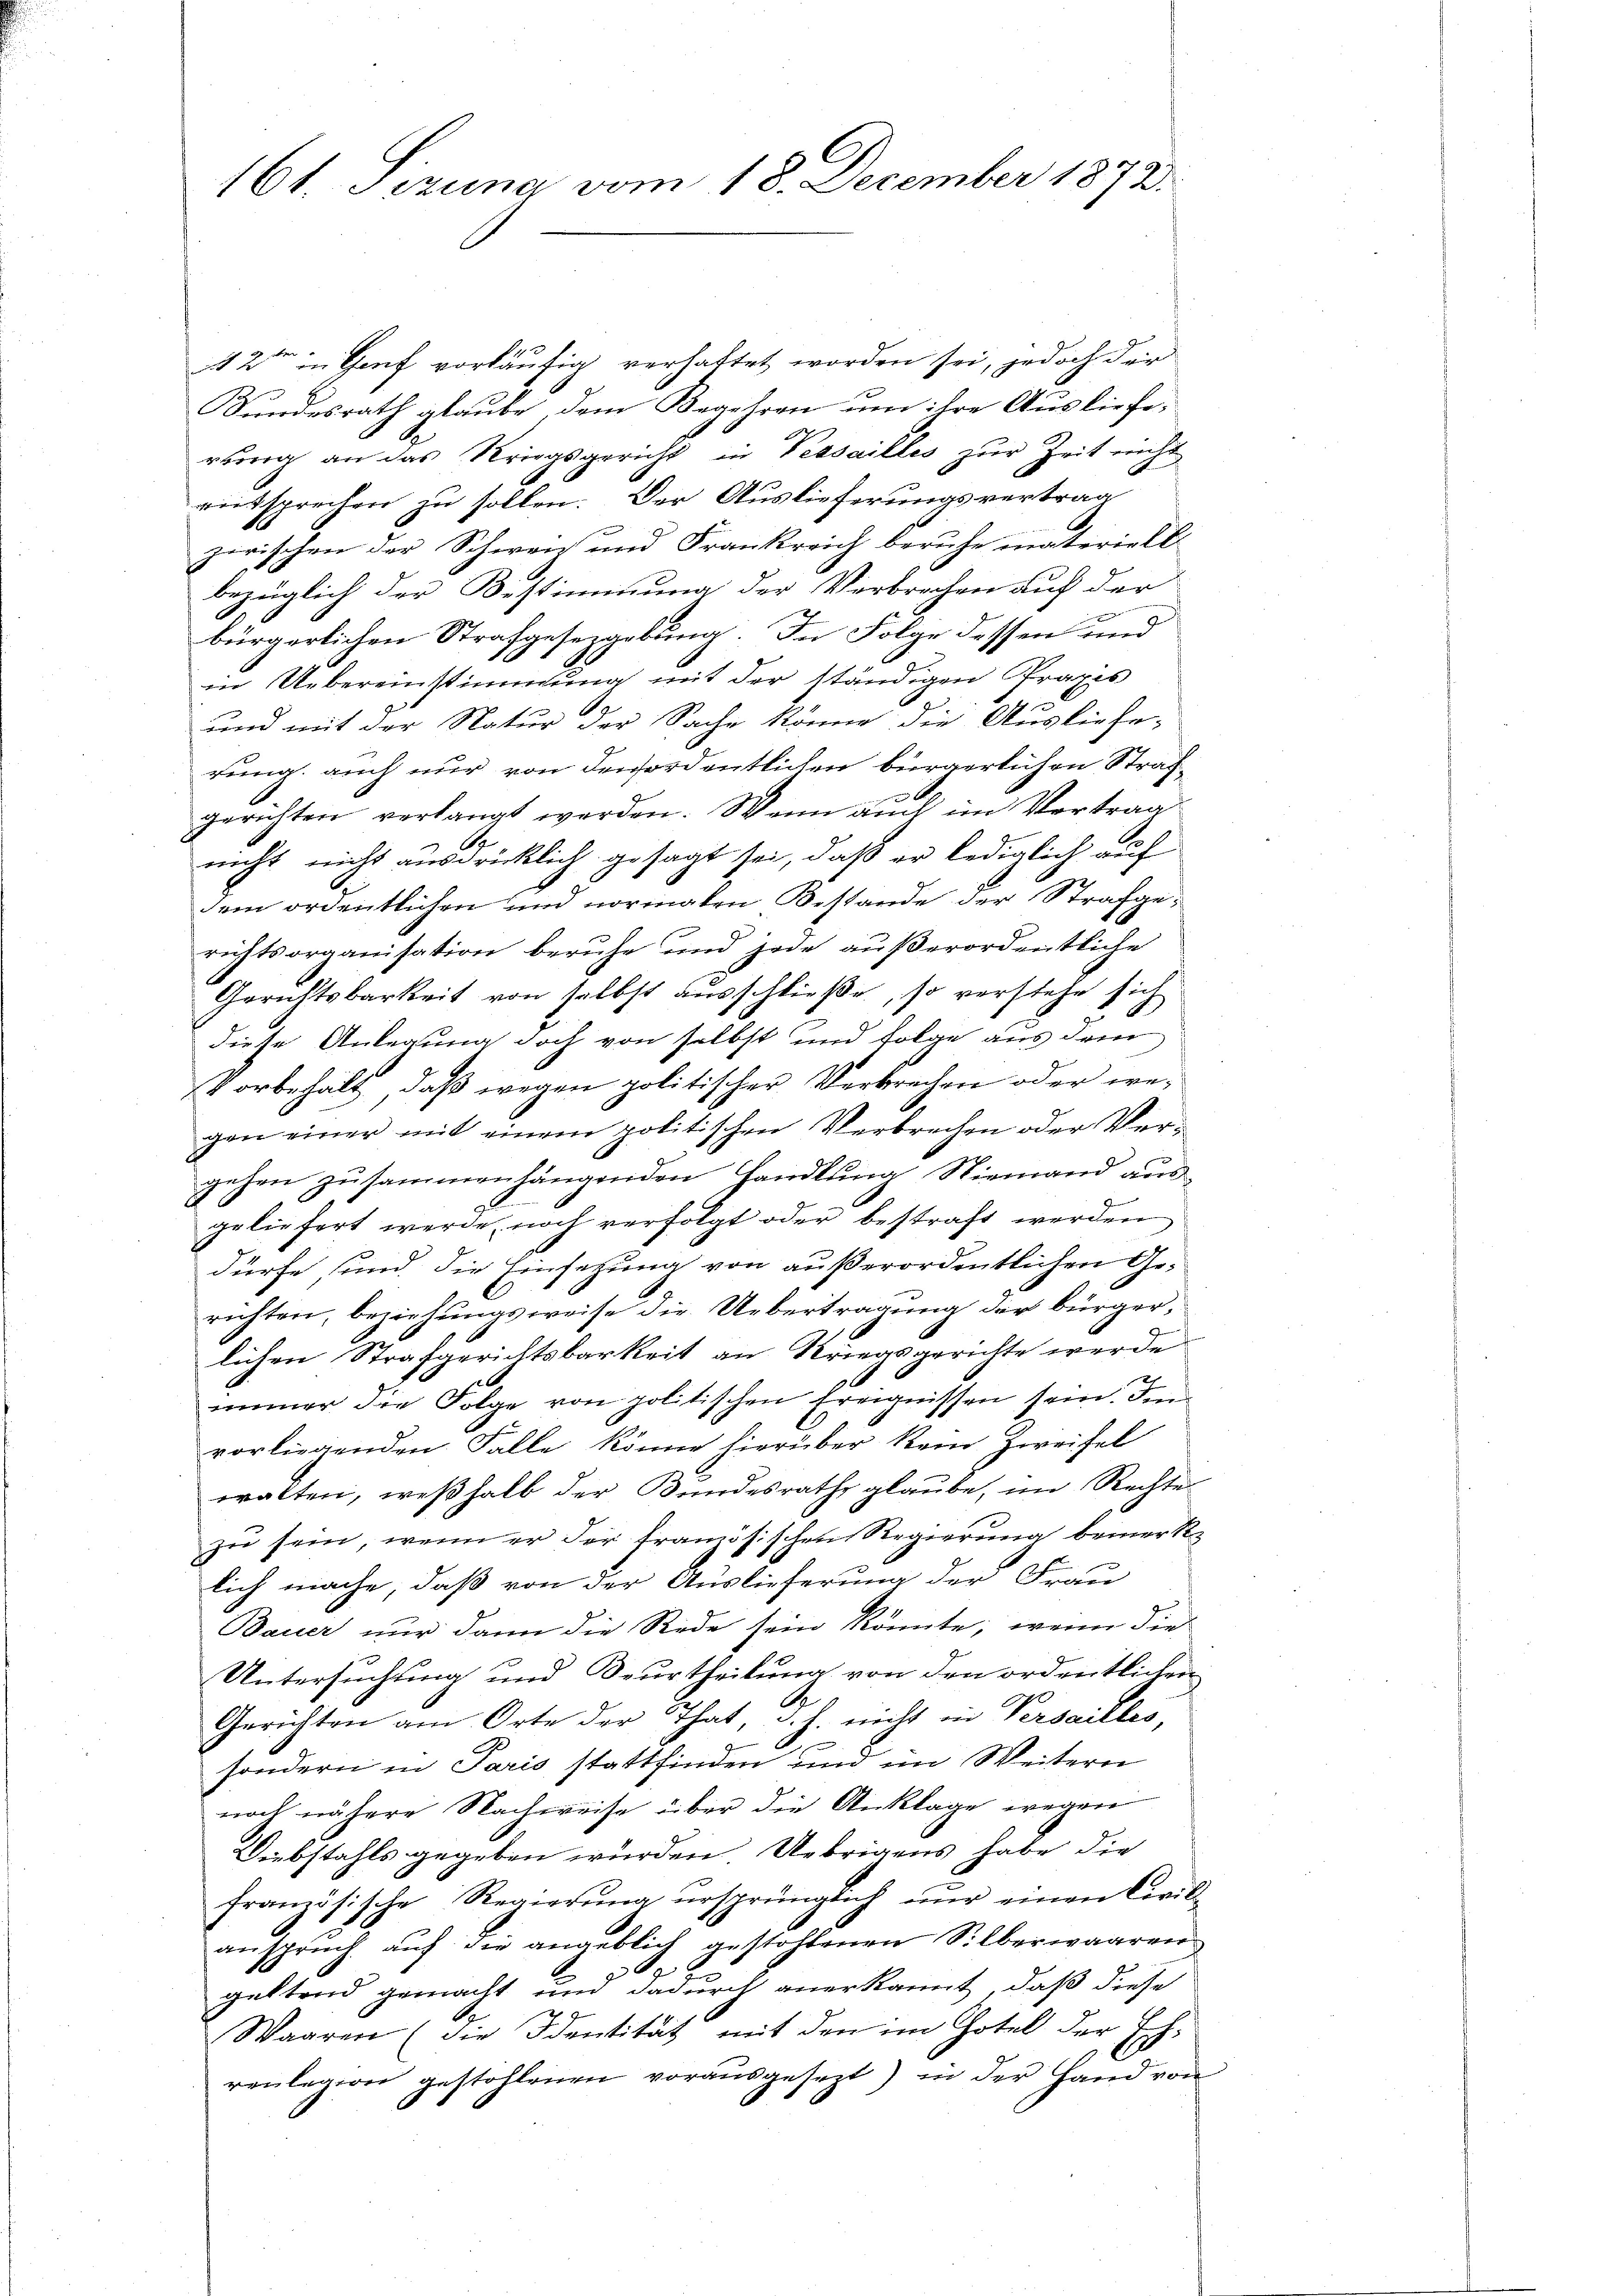
161. Sizung vom 18. December 1872.

42 in Genf vorläufig verhaltet worden sei, jedoch der
indesrath glaube, dem Begehren um ihre Auslieferung an das Kriegsgericht in Pessailles zur Zeit nicht
rentsprechen zu sollen. Der Auslieferungsvertrag
zirischen der Schwen und Frankreich beruhe materielt
bezüglich der Bestimmung der Verbrechen auf der
bürgerlichen Strafgesetzgebung. In Folge dessen und
in Uebereinstimmung mit der ständigen Praxis
und mit der Natur der Sache könne die Ausliefe-
rung auch nur von denordentlichen bürgerlichen Strafgerichten verlangt werden. Wenn auch im Vertrag
nicht nicht ausdrücklich gesagt sei, daß er lediglich auf
dem ordentlichen und normalen Bestande der Strafgerichtsorganisation beruhe und jede außerordentliche
Gerichtsbarkeit von selbst ausschließe, so verstehe sich
diese Anlegung doch von selbst und folge aus dem
Vorbehält, daß wegen politischer Verbrechen oder we-
gen einer mit einem politischen Verbrechen oder Vergehen zusammenhängenden Handlung Niemand ausgeliefert werde, noch verfolgt oder bestraft werden
dürfe, sind die Einsetzung von außerordentlichen Gerichten, beziehungsweise die Uebertragung der bürger¬

lichen Strafgerichtsbarkeit an Kriegsgerichte werde
immer die Folge von politischen Ereignissen sein. Die
vorliegenden Falle könne hierüber kein Zweifel
walten, weßhalb der Bundesrathe glaube, im Rechte
zu sein, wenn er der französischen Regierung bemerklich mache, daß von der Auslieferung der Frau
Bauer nur dann die Rede sein könnte; wenn die
Untersuchung und Beurtheilung von den ordnetlichen
A
Gerichten am Orte der That, d. h. nicht in Versailles,
sondern in Paris stattfinden und im Weitern
noch nähere Nachweise über die Anklage wegen
Diebstahls gegeben wurden. Uebrigens habe die
französische Regierung ursprünglich nur einen Civilanspruch auf die angeblich gestohlenen Silberwaaren
d
geltend gemacht und dadurch anerkannt, daß diese
Waaren (die Identität mit den im Hotel der Ech-
renlegion gestohlenen voraŭsgesezt) in der Hand von